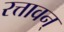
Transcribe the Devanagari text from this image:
रत्तावन्